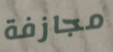
مجازفة